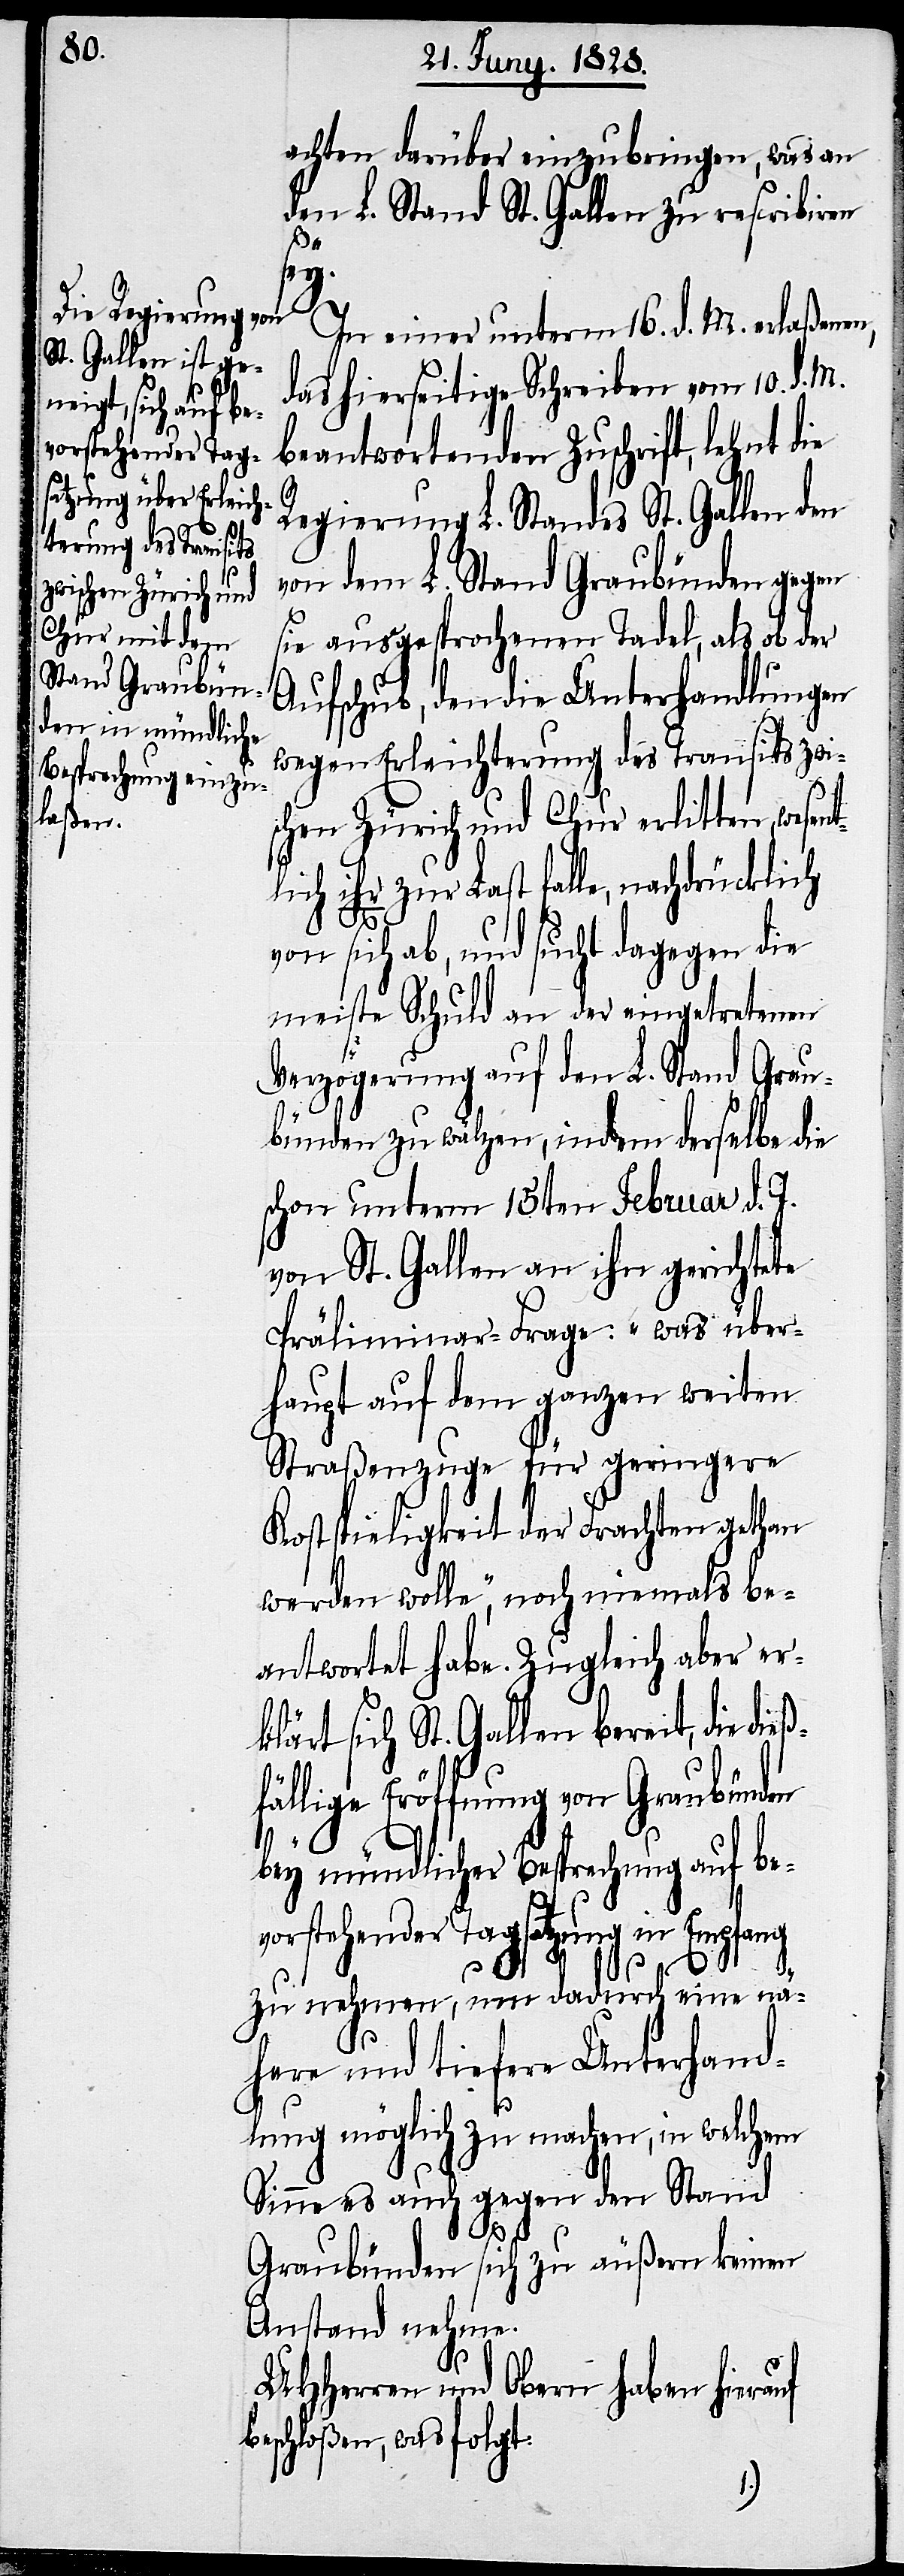
achten darüber einzubringen, was an
den L. Stand St. Gallen zu rescribiren
nt¬
In einer unterm 16. d. M. erlaßenen,
das hierseitige Schreiben vom 10. d. M.
beantwortenden Zuschrift, lehnt die
Regierung L. Standes St. Gallen den
von dem L. Stand Graubünden gegen
sie ausgesprochenen Tadel, als ob der
Aufschub, den die Unterhandlungen
wegen Erleichterung des Transits zwi¬
schen Zürich und Chur erlitten, wese¬
lich ihr zur Last falle, nachdrücklich
von sich ab, und sucht dagegen die
meiste Schuld an der eingetretenen
Verzögerung auf den L. Stand Grau¬
bünden zu wälzen, indem derselbe die
schon unterm 15ten Februar d. J.
von St. Gallen an ihn gerichtete
Präliminar-Frage: „was über¬
haupt auf dem ganzen weiten
Straßenzuge für geringere
Kostspieligkeit der Frachten gethan
werden wolle“, noch niemals be¬
antwortet habe. Zugleich aber er¬
klärt sich St. Gallen bereit, die dieß¬
fällige Eröffnung von Graubünden
bey mündlicher Besprechung auf be¬
vorstehender Tagsatzung in Empfang
zu nehmen, um dadurch eine nä¬
here und tiefere Unterhand¬
lung möglich zu machen, in welchem
Sinne es auch gegen den Stand
Graubünden sich zu äußern keinen
Anstand nehme.
UHHerren und Obern haben hierauf
beschloßen, was folgt: